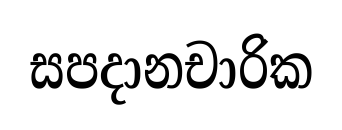
සපදානචාරික